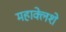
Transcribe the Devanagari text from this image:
महाक्लेशे